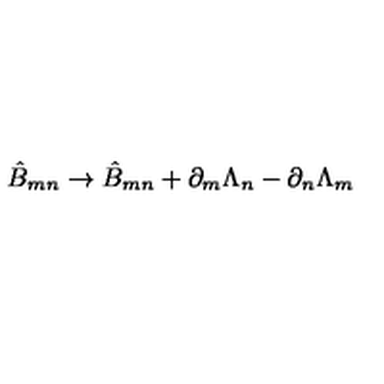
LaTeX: \hat { B } _ { m n } \rightarrow \hat { B } _ { m n } + \partial _ { m } \Lambda _ { n } - \partial _ { n } \Lambda _ { m }